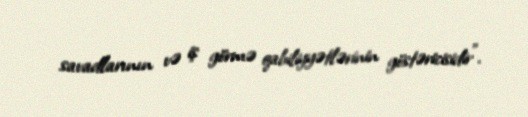
savadlarının və iş görmə qabiliyyətlərinin göstəricisidir”.